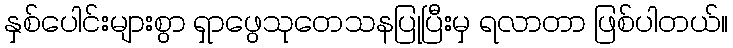
နှစ်ပေါင်းများစွာ ရှာဖွေသုတေသနပြုပြီးမှ ရလာတာ ဖြစ်ပါတယ်။